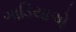
ગાડિયાએ